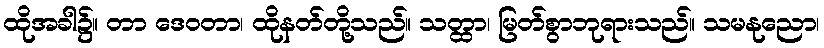
ထိုအခါ၌။ တာ ဒေဝတာ၊ ထိုနတ်တို့သည်။ သတ္ထာ၊ မြတ်စွာဘုရားသည်။ သမနုညော၊